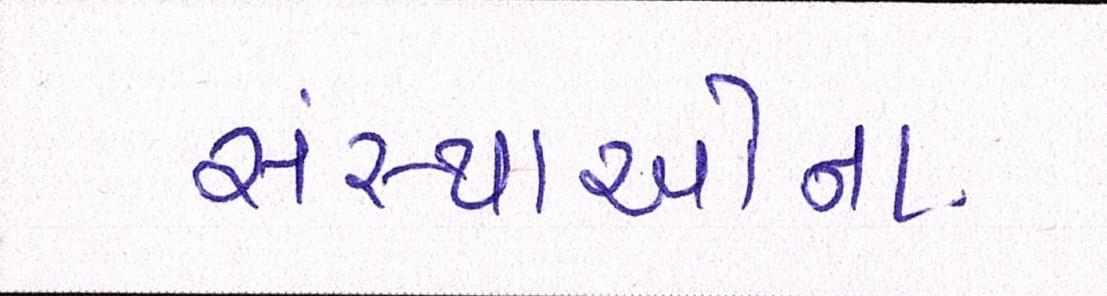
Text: સંસ્થાઓના